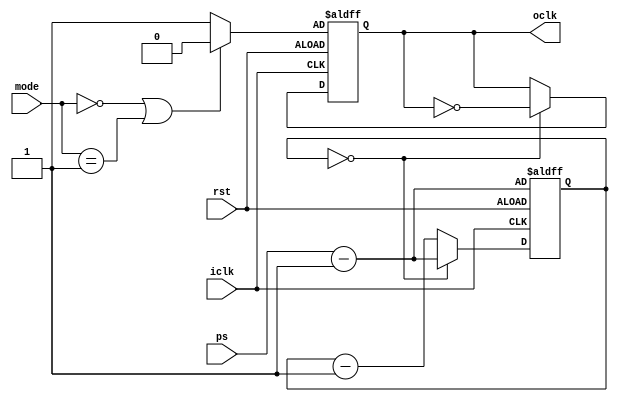
module clkdiv (iclk,rst,oclk,ps,mode);
input iclk,rst;
input [1:0] ps,mode;//iclk is slowed down by a factor of 2^ps
output reg oclk;
reg [1:0] count;
wire CPOL;
assign CPOL = (mode==0||mode==1)?0:1;
always @ (posedge iclk,posedge rst) begin
	if(rst) begin
	count <= ps-1;
	oclk <= CPOL;
	end
	else if(count==0)begin
	count <= ps-1;
	oclk <= ~oclk;
	end
	else
	count <= count-1;
end
endmodule